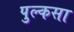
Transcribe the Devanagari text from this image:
पुल्कसा